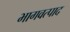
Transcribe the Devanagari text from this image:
भागवत्पाद